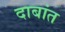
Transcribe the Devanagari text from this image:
दाबांत